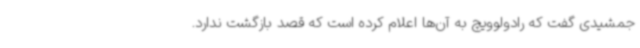
جمشیدی گفت که رادولوویچ به آن‌ها اعلام کرده است که قصد بازگشت ندارد.